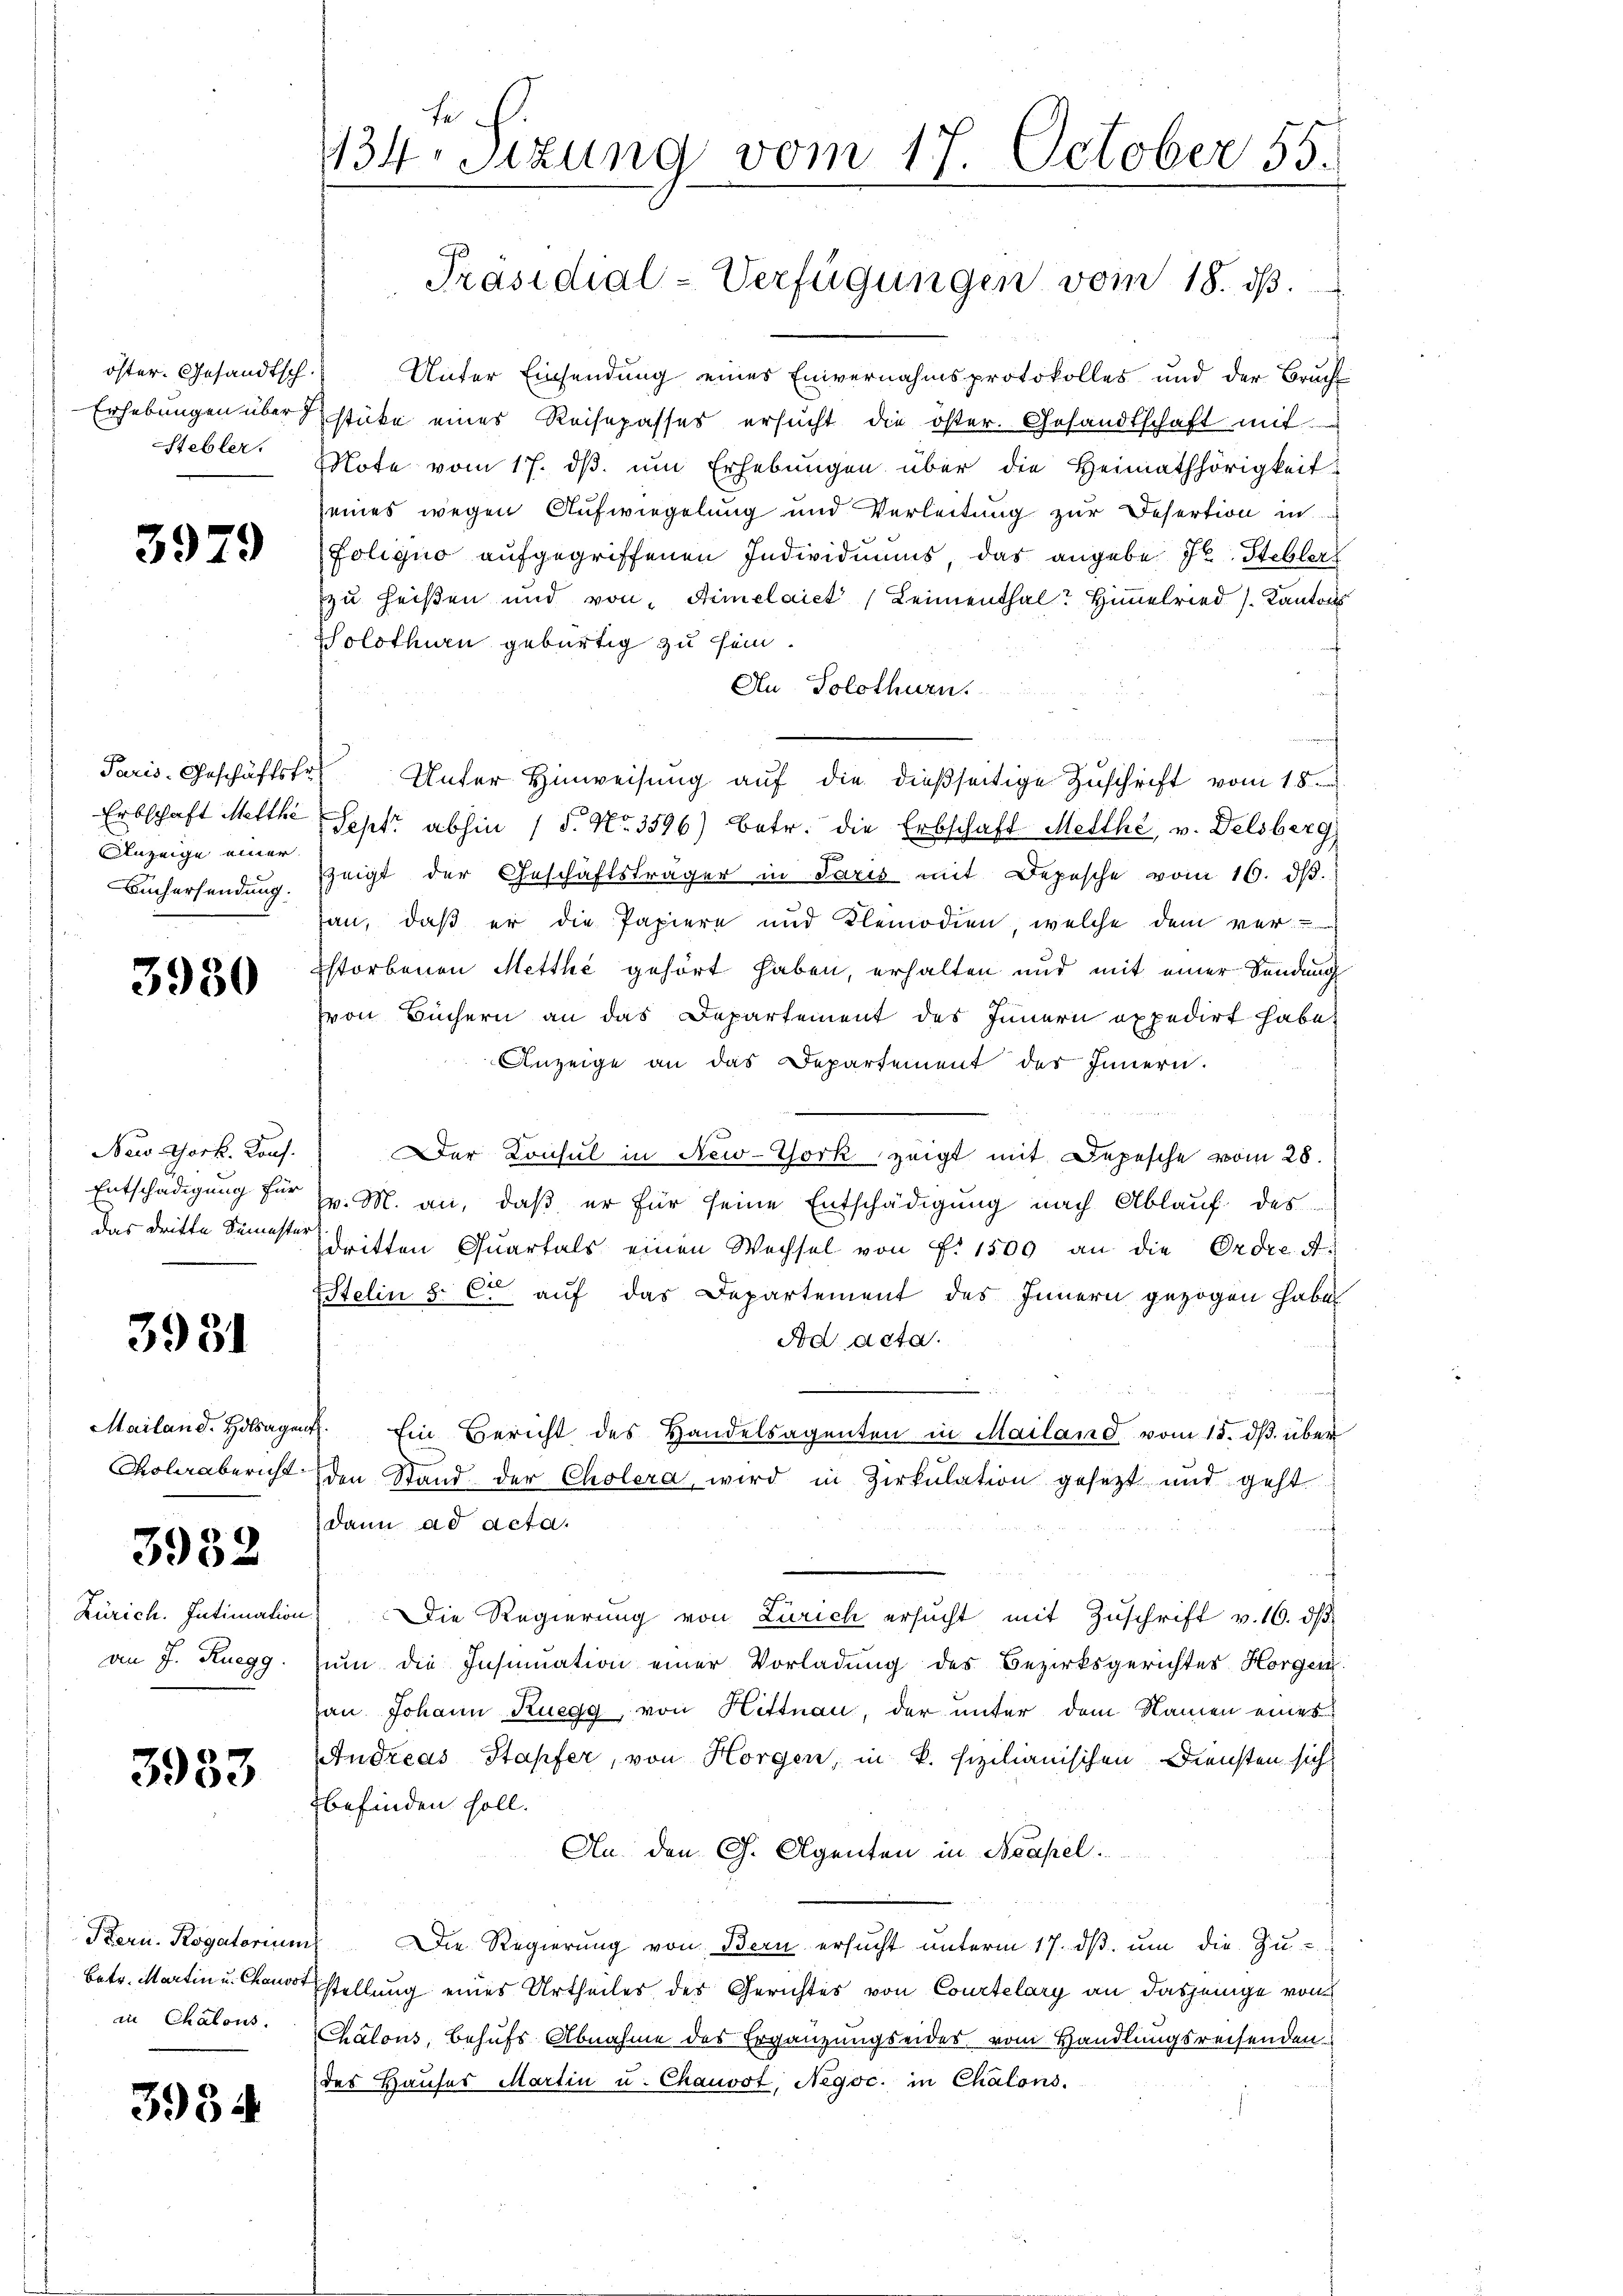
öster. Gesandtsch.
Stebler.

3979

Paris, Geschäftstr.
Anzeige einer
Büchersendung.

3950

New York. Konf.

3931

3952

von J. Ruegg

3933

in Chalous.

3934

fe
134. Sitzung vom 17. October 55.

Unter Einsendung eines Einvernahmsprotokolles und der Brucht
Erhebungen überstücke eines Reisepasses ersŭcht die öster. Gesandtschaft mit
Note vom 17. dβ ŭm Erhebŭngen über die Heimathörigkeit:
seines wegen Aufwiegelung und Verleitung zur Desertion in
Foliquo aufgegriffenen Individuums, das angebe Jb. Steblers
zu heißen und von Himelaict (Leimenthal? Himelried Kantons
Solothurn gebürtig zu sein.
Au Solothurn.
Unter Hinweisung auf die dießseitige Zuschrift vom 18.
Erbschaft Melche Sept. abhin 1 S. Nr. 3596) betr. die Erbschaft Mellhé, v. Delsberg)
zeigt der Geschäftsträger in Paris mit Depesche vom 16. d.
san, daß er die Papiere und Klemodien, welche dem ver¬
Estorbenen Metthe gehört haben, erhalten und mit einer Sendung
hvon Büchern an das Departement des Innern expedirt habe,
Anzeige an das Departement des Innern.
Der Konsul in New-York zeigt mit Depesche vom 28.
Entschädigung der v. M. an, daβ er für seine Entschädigung nach Ablauf des
das dritte Semester dritten Quartals einen Wechsel von Fr. 1500 an die Ordre d.
Etelin 8. Ce auf das Departement des Innern gezogen habe
Ad acta.
Mailand. Hobagen. Ein Bericht des Handelsagenten in Mailand vom 15. dβ über
Kolerabericht den Stand der Cholera, wird in Zirkulation gesetzt und geht
dann ad acta.
Zürich. Intimation. Die Regierung von Zürich ersucht mit Zuschrift v. 16. ds
um die Insinuation einer Vorladung des Bezirksgerichtes Horgen
hau Johann Ruegg, von Hittnau, der unter dem Namen eines
Andreas Stapfer, von Horgen, in k. sizilianischen Diensten sich
befinden soll.
An den G. Agenten in Neapel
Stern. Rogatorium Die Regierung von Bern ersŭcht ŭnterm 17. dβ. ŭm die Zu-
Betr. Martin u. Chamoststellung eines Urtheiles des Gerichtes von Courtelary an dasjenige von
Chalous, Behufs Abnahme des Ergänzungseides vom Handlungsreisenden.
des Haŭses Martin u. Chausst, Negoc. in Chalons.

Präsidial-Verfügungen vom 18. ds.